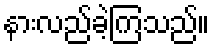
နားလည်ခဲ့ကြသည်။